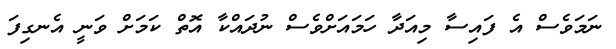
ނަމަވެސް އެ ފައިސާ މިއަދާ ހަަމައަށްވެސް ނުދައްކާ އޮތް ކަމަށް ވަނީ އެނގިފަ